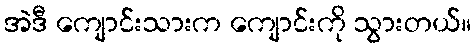
အဲဒီ ကျောင်းသားက ကျောင်းကို သွားတယ်။